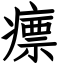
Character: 瘭